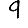
Digit: 9